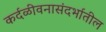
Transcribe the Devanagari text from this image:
कर्दळीवनासंदर्भातील